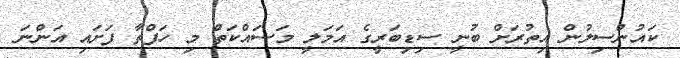
ކައުންސިލުން އިތުރަށް ބުނީ ސިޑިބަރީގެ އަމަލީ މަސައްކަތް މި ހަފްތާ ފަށައި އަންނަ